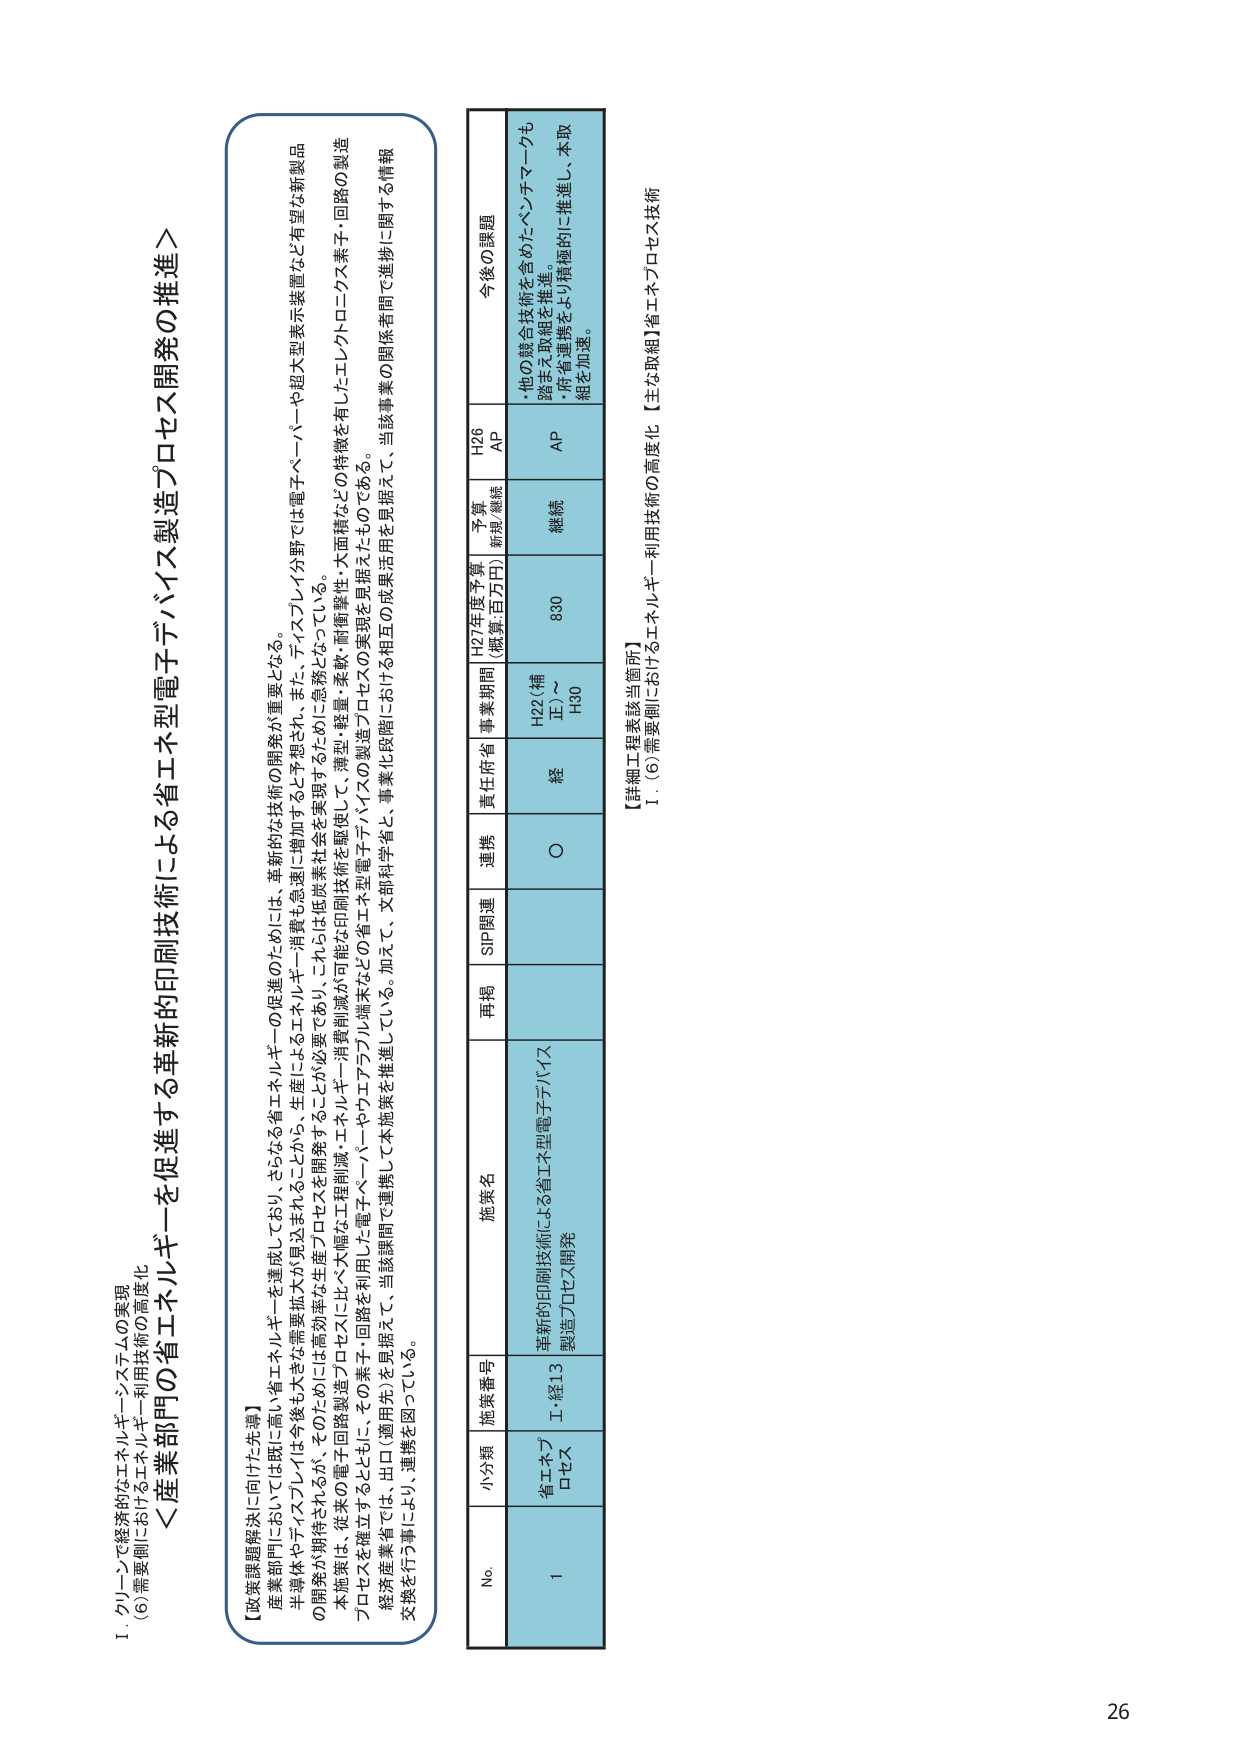
Ⅰ．グリーンで経済的なエネルギーシステムの実現
（6）需要側におけるエネルギー利用技術の高度化

＜産業部門の省エネルギーを促進する革新的印刷技術による省エネ型電子デバイス製造プロセス開発の推進＞

【政策課題解決に向けた先導】
産業部門においては既に高い省エネルギーを達成しており、さらなる省エネルギーの促進のためには、革新的な技術の開発が重要となる。
半導体やディスプレイは今後も大きな需要拡大が見込まれることから、生産によるエネルギー消費も急激に増加すると予想され、また、ディスプレイ分野では電子ペーパーや超大型表示装置など有望な新製品の開発が期待されるが、そのためには高効率な生産プロセスを開発することが必要であり、これらは低炭素社会を実現するために急務となっている。
本施策は、従来の電子回路製造プロセスに比べ大幅な工程削減・エネルギー消費削減が可能な印刷技術を駆使して、薄型・軽量・柔軟・耐衝撃性・大面積などの特徴を有し、エレクトロニクス素子・回路の製造プロセスを確立するとともに、その素子・回路を利用した電子ペーパーやウエアラブル端末などの省エネ型電子デバイスの製造プロセスの実現を見据えたものである。
経済産業省では、出口（適用先）を見据えて、当該課題で連携して本施策を推進している。加えて、文部科学省と、事業化段階における相互の成果活用を見据えて、当該事業の関係者間で進捗に関する情報交換を行う事により、連携を図っている。

No. 小分類 施策番号 施策名 再掲 SIP関連 連携 責任府省 事業期間 H27年度予算 （概算・百万円） 予算 新規/継続 H26 AP 今後の課題
1 省エネプロセス Ｉ-経13 革新的印刷技術による省エネ型電子デバイス製造プロセス開発 ○ 経 H22（補正）～H30 830 継続 AP 他の競合技術を含めたベンチマークも踏まえ取組を推進。・府省連携をより積極的に推進し、本取組を加速。

【詳細工程表該当箇所】
1．（6）需要側におけるエネルギー利用技術の高度化 【主な取組】省エネプロセス技術

26